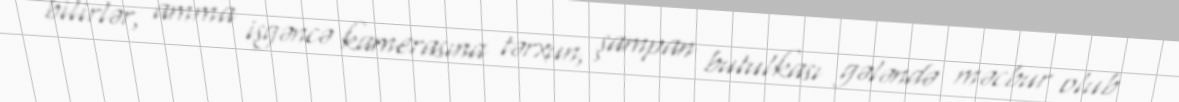
bilirlər, amma işgəncə kamerasına tərxun, şampan butulkası gələndə məcbur olub